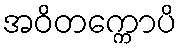
အဝိတက္ကောပိ